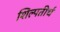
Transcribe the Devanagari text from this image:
शिल्पतीर्थ